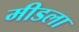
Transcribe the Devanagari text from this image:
मीडला